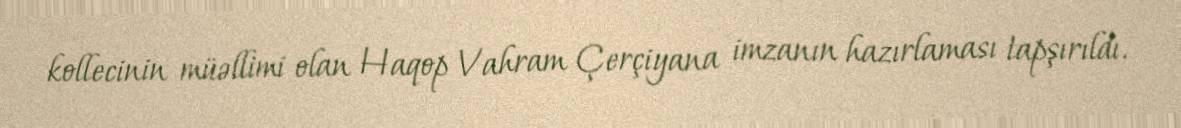
kollecinin müəllimi olan Haqop Vahram Çerçiyana imzanın hazırlaması tapşırıldı.